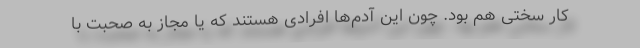
کار سختی هم بود. چون این آدم‌ها افرادی هستند که یا مجاز به صحبت با